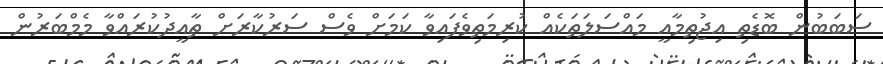
ސަބަބުން ބޮޑެތި އިޖުތިމާއީ މައްސަލަތަކެއް ކުރިމަތިވެފައިވާ ކަމަށް ވެސް ސަރުކާރަށް ތާއީދުކުރައްވާ މެމްބަރުން